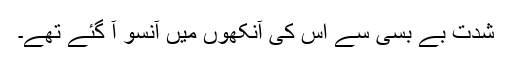
شدت بے بسی سے اس کی آنکھوں میں آنسو آ گئے تھے۔